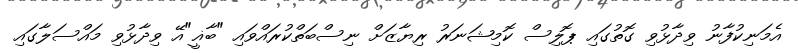
އެމަނިކުފާނު ވިދާޅުވި ގޮތުގައި ޕޮލިސް ކޮމިޝަނަރު ރިޔާޒަށް ނިސްބަތްކުރައްވައި "ބާޣީ"އޭ ވިދާޅުވި މައްސަލާގައި